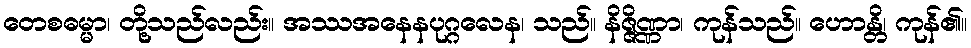
တေစဓမ္မာ၊ တို့သည်လည်း။ အဿအနေနပုဂ္ဂလေန၊ သည်။ နိဇ္ဇိဏ္ဏာ၊ ကုန်သည်။ ဟောန္တိ၊ ကုန်၏။